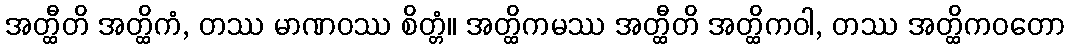
အတ္ထီတိ အတ္ထိကံ, တဿ မာဏဝဿ စိတ္တံ။ အတ္ထိကမဿ အတ္ထီတိ အတ္ထိကဝါ, တဿ အတ္ထိကဝတော